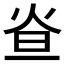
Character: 𤇁